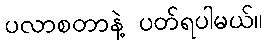
ပလာစတာနဲ့ ပတ်ရပါမယ်။